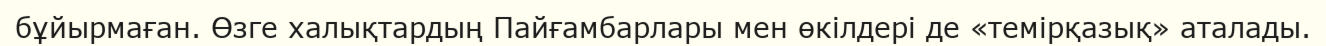
бұйырмаған. Өзге халықтардың Пайғамбарлары мен өкілдері де «темірқазық» аталады.